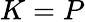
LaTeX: K=P